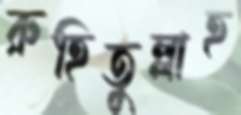
রুহিতুল্লাহ